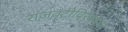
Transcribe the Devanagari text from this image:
राजवटीविरुध्दचा